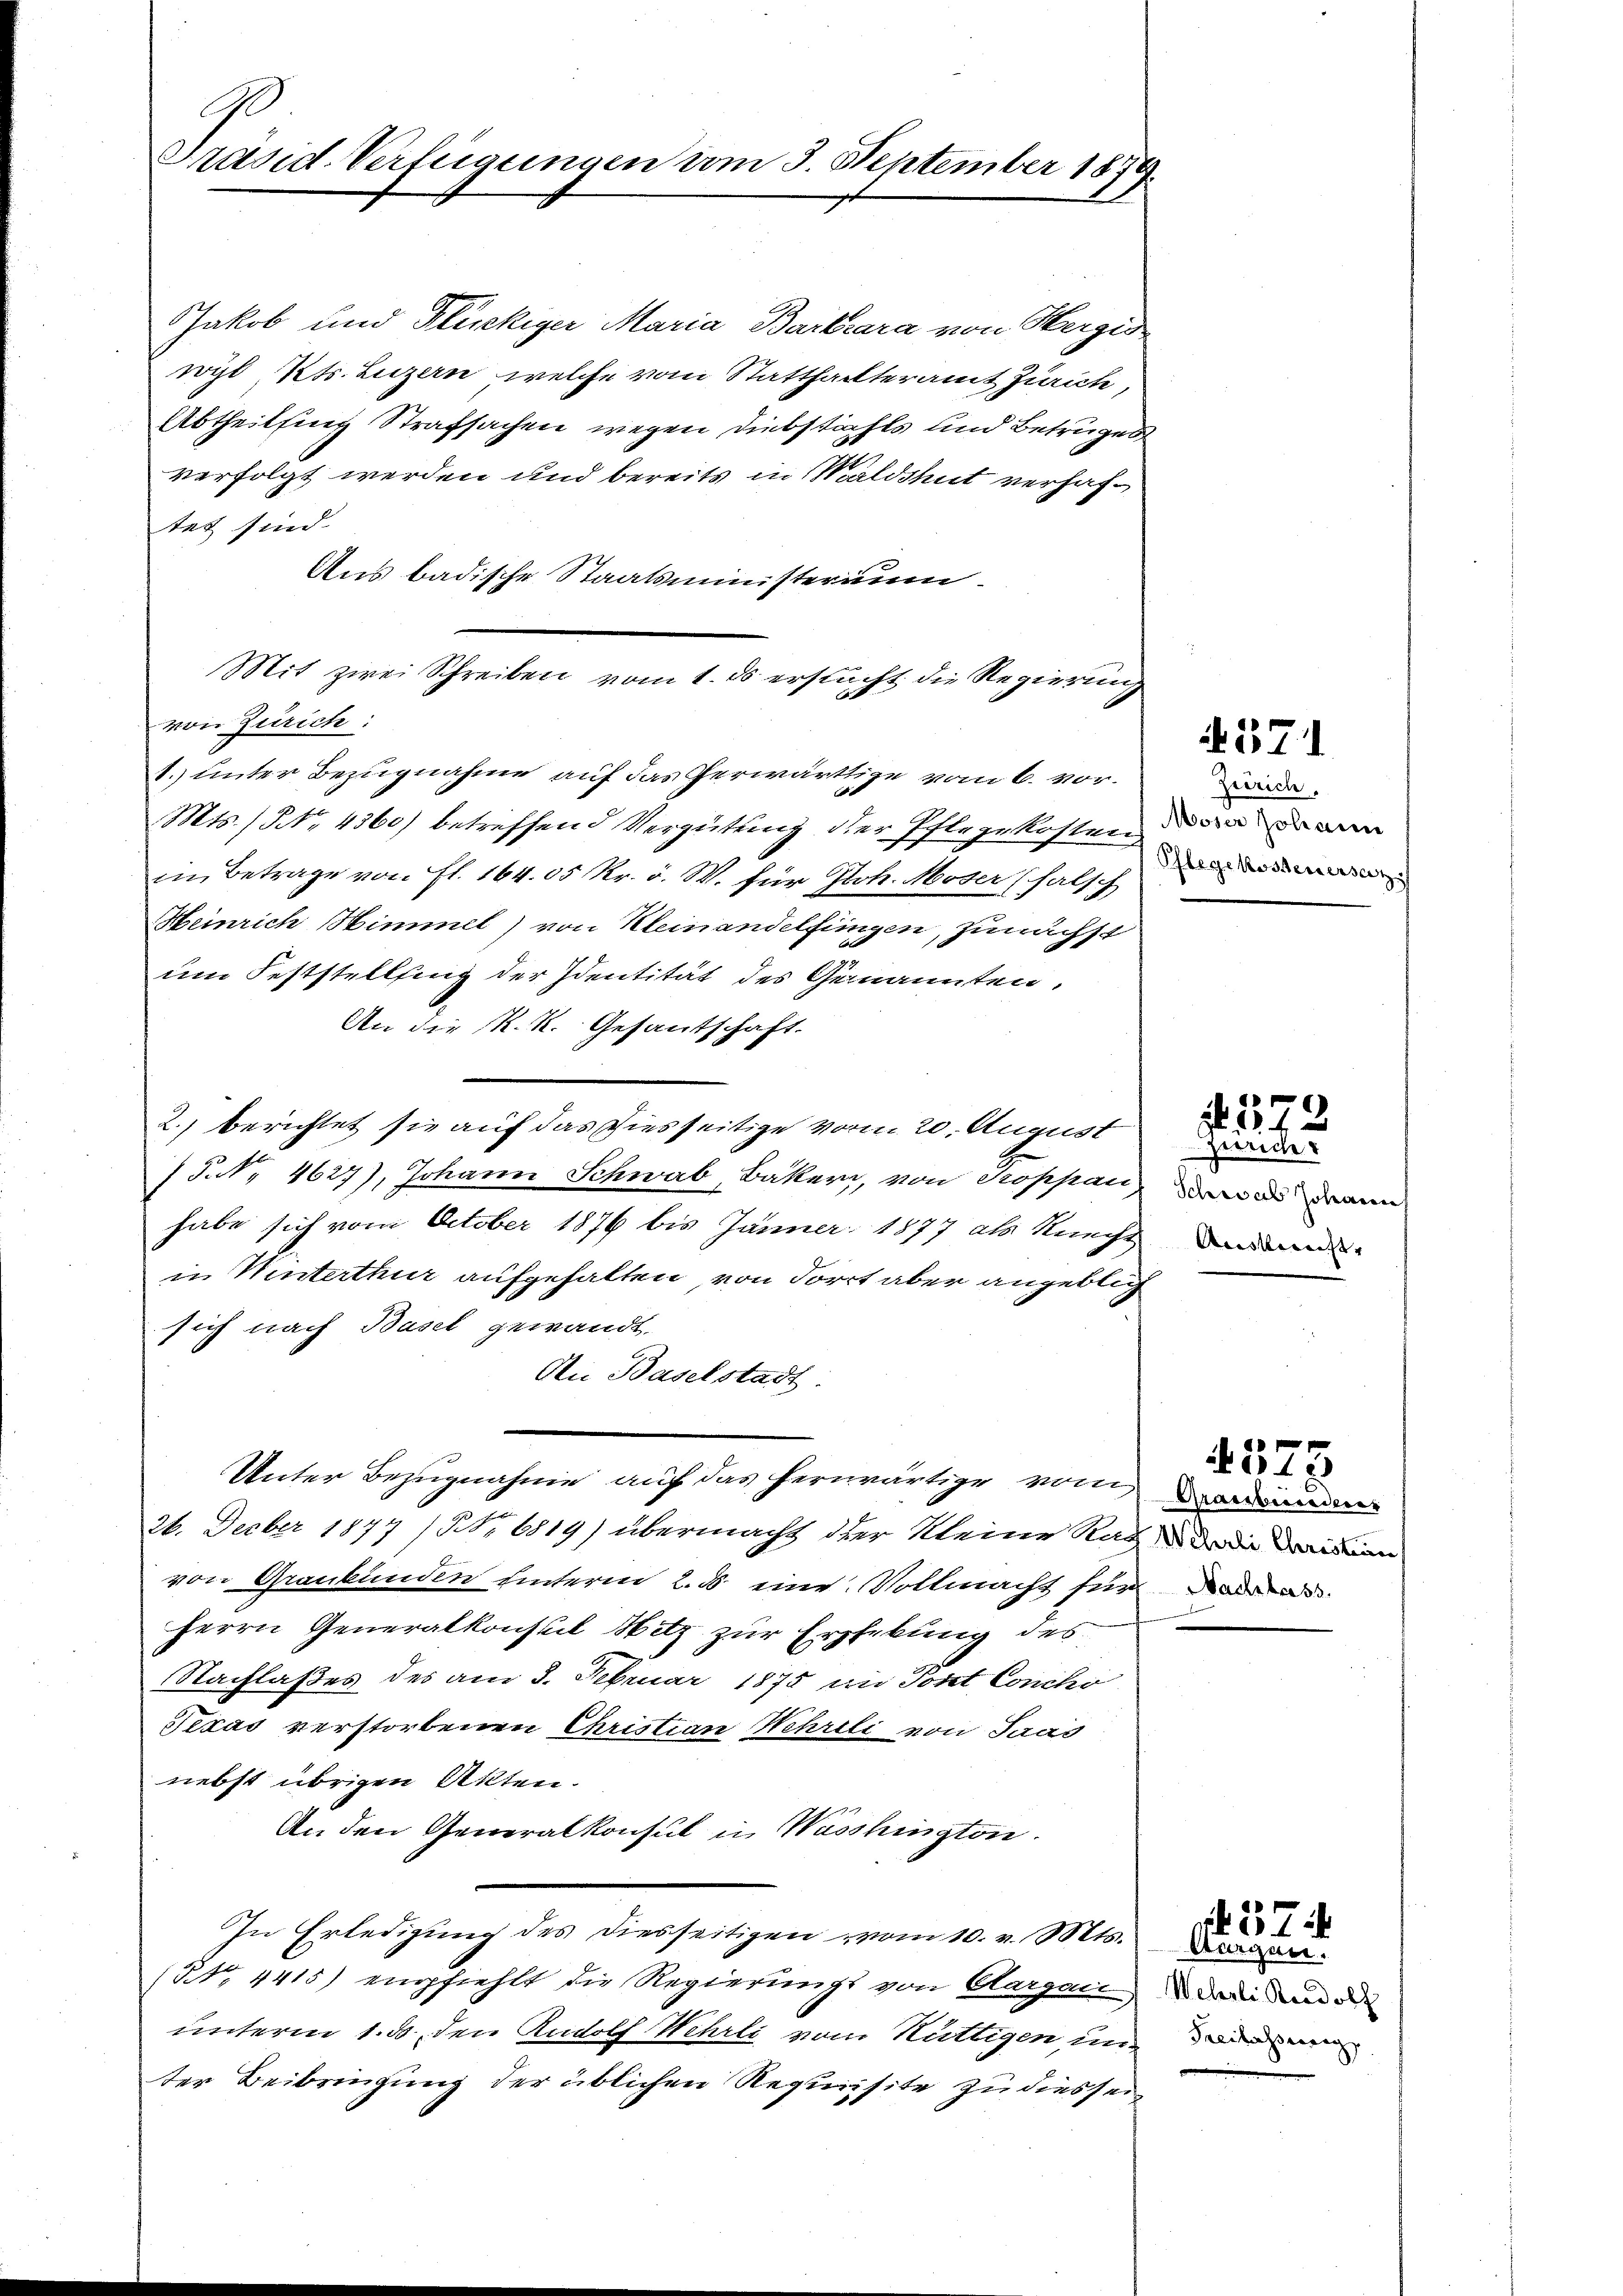
J
Präsid-Verfügungen vom 3. September 1879.

Jakob und Flückiger Maria Barrara von Hergis
wyl Kts. Luzern, welche vom Statthalteramt Zürich,
Abtheilsing Strafsachen wegen Diebstahls und Betruges
verfolgt werden und bereits in Waldshut verhaftet sind.
Aus badische Staatsministerium
von Zürich:
1.) unter Bezugnahme auf das herwärtige vom 6. vor¬
Mts. / No. 4360) betreffend Vergütung der Pflegekosten na
in Betrage von fl. 164. 05 Kr. v. W. für Joh. Moser (halsch
Heinrich Simmel) von Kleinandelfingen, zunächst
um Feststellfing der Identität des Genannten,
An die K. K. Gesantschaft.
2.) berichtet sie auf das Diesseitige vom 20. August
P. Nr. 4627), Johann Schwab, Bäker, von Troppan,
habe sich vom October 1876 bis Jänner 1877 als Knecht
in Winterthur aufgehalten von Forrt aber angeblich
sich nach Basel gewandt.
An Baselstadt:
Unter Bezugnahme auf das herwärtige von den
24. Decber 1877 / Nr 6819) übermacht der Meine Rath der die darision
von Graubünden unterm 2. d. eine Vollmacht für
Herrn Generalkonsul Hitz zur Erhebung des
Nachlaßes des am 3. Februar 1875 an Jost Conchi
Texas verstorbenen Christian Wehrli von Saas
nebst übrigen Akten.
An den Generalkonsul in Wasshington.
In Erledigung des diesseitigen vom 10. v. Mts.
NNo. 4415) empfiehlt die Regierungs von Aargau,
unterm 1. ds, den Rudolf Wehrli vom Rüttigen und de
ter Beibringung der üblichen Requisite zu diessei¬

Mit zwei Schreiben vom 1. ds ersucht die Regierung

371

Zeerich.
Pflegekostenersatz

Schwab Johanne
Ansleicht,

. 572
Züricht

4573.

if. 374.

Aurgen.
Wehrli Kradolf